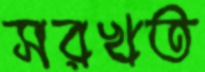
সরখত